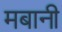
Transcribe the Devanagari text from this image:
मबानी